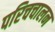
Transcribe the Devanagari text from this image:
परिचचालन